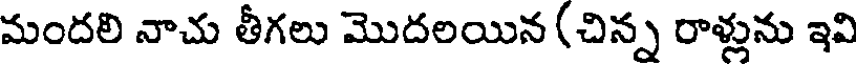
మందలి నాచు తీగలు మొదలయిన (చిన్న రాళ్లును ఇవి